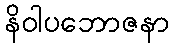
နိဝါပဘောဇနာ